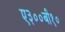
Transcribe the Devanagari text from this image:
ए३००बी१०